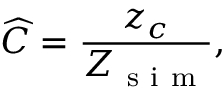
\widehat { C } = \frac { z _ { c } } { Z _ { \mathrm { ~ s ~ i ~ m ~ } } } ,